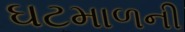
ઘટમાળની